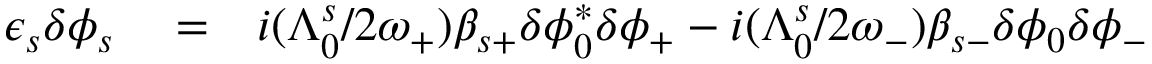
\begin{array} { r l r } { \epsilon _ { s } \delta \phi _ { s } } & { { } = } & { i ( \Lambda _ { 0 } ^ { s } / 2 \omega _ { + } ) \beta _ { s + } \delta \phi _ { 0 } ^ { * } \delta \phi _ { + } - i ( \Lambda _ { 0 } ^ { s } / 2 \omega _ { - } ) \beta _ { s - } \delta \phi _ { 0 } \delta \phi _ { - } } \end{array}